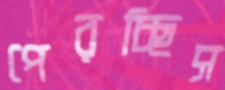
পেরচ্ছিস